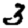
Digit: 3